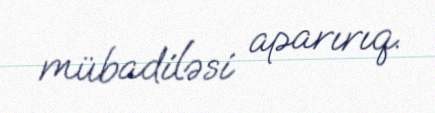
mübadiləsi aparırıq.